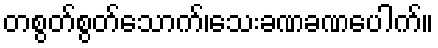
တစွတ်စွတ်သောက်၊သေးခဏခဏပေါက်။